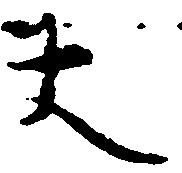
大